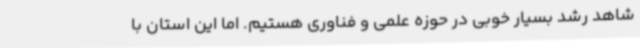
شاهد رشد بسیار خوبی در حوزه علمی و فناوری هستیم. اما این استان با